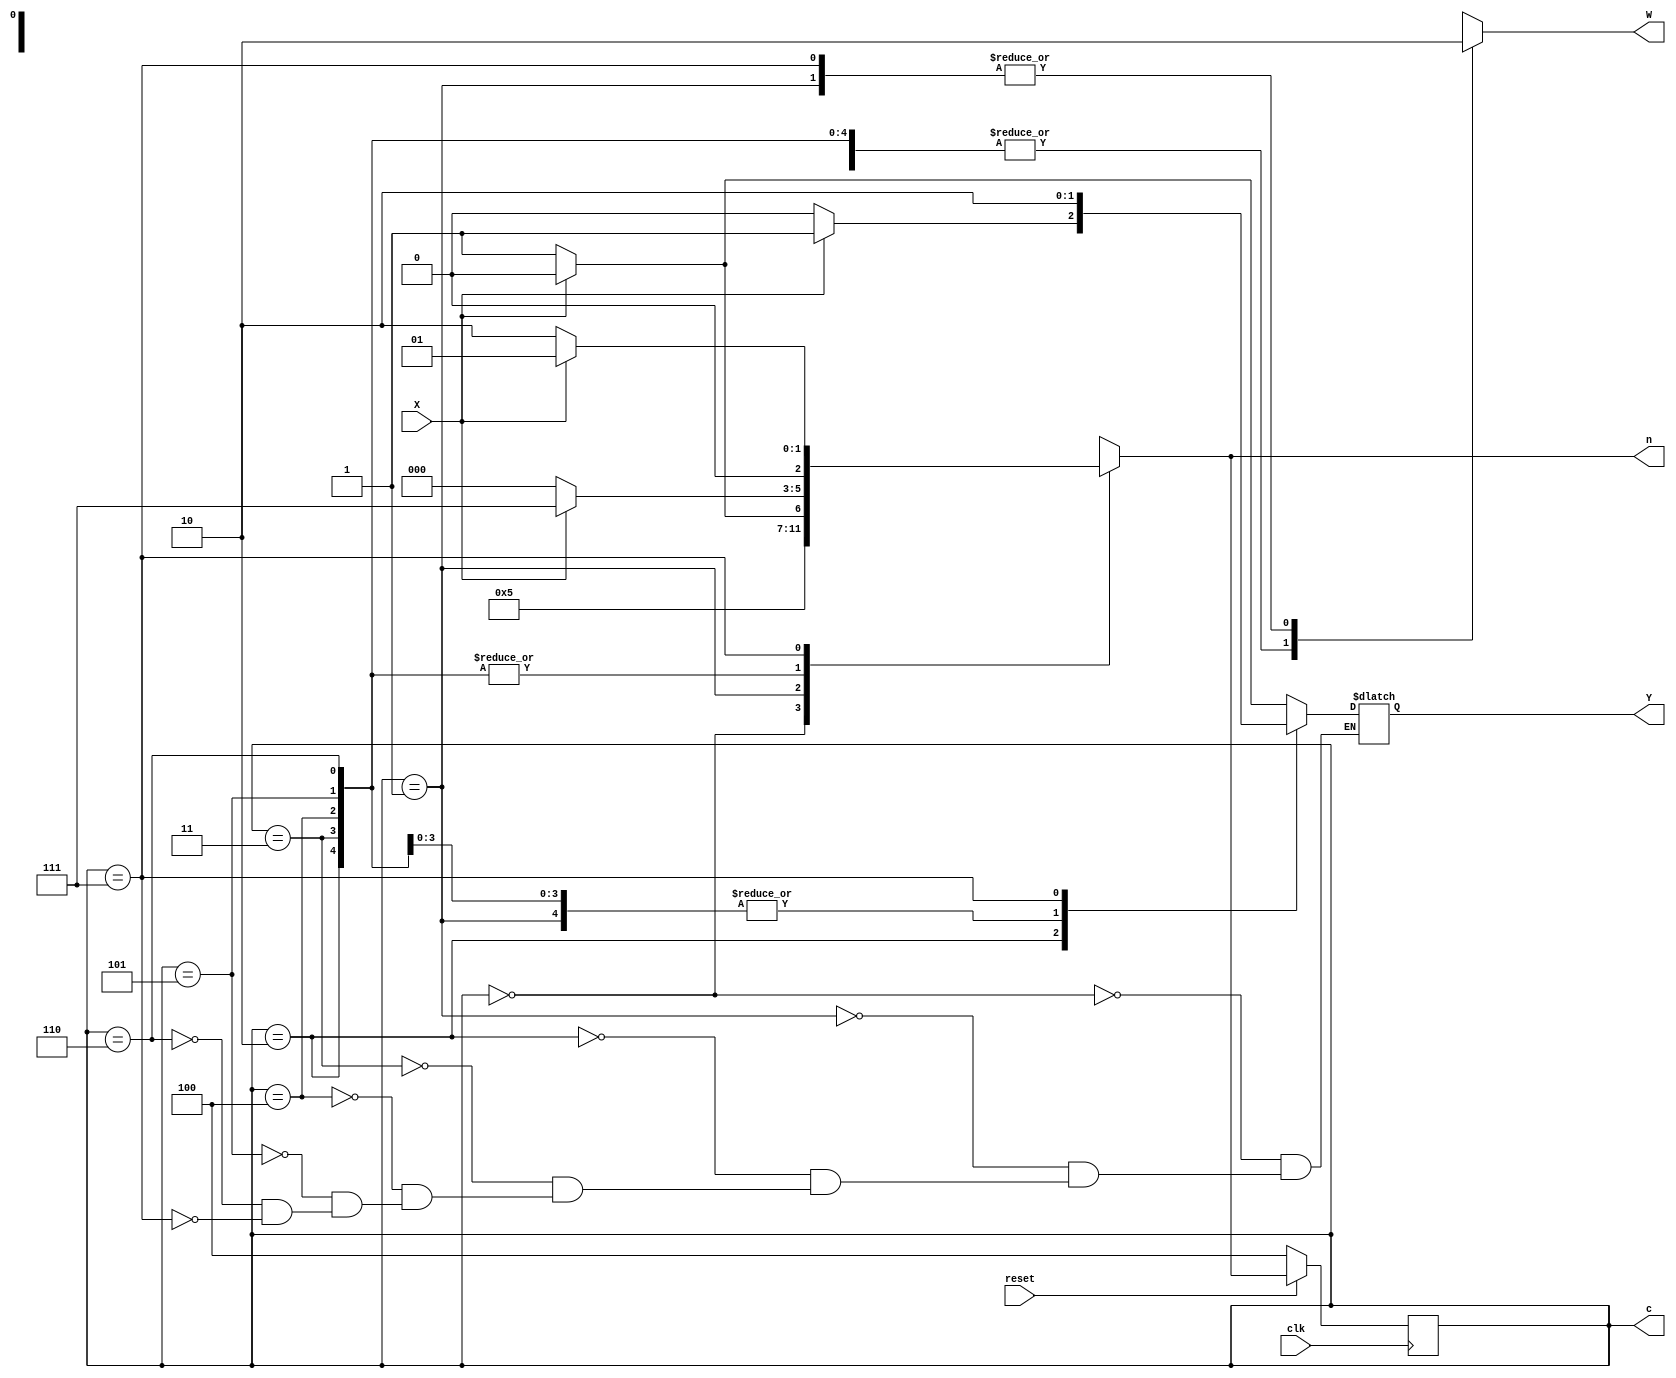
module lab5part2 (X, reset, clk, c, n, Y, W);
	input X,reset,clk;
	output reg [2:0] c;
	output reg [2:0] n;
	output reg Y, W;

	parameter s0 = 3'b000,
				s1 = 3'b001, s2 = 3'b010,
				s3 = 3'b011, s4 = 3'b100,
				s5 = 3'b101, s6 = 3'b110,
				s7 = 3'b111;
	
	always@(c or X)
		begin 
			case(c)
				s0 : begin
				W<=1;

				if(X==1) begin 
					n<=s1;
					Y <= 0;
				end
				else if (X==0)begin 
					n<=s1;
					Y <= 1;
				end
				else n <= s4;
			end
	
			s1 : begin
			W<=0;
			
				if(X==1) begin 
					n<=s2;
					Y <= 1;
				end
				else if (X==0)begin 
					n<=s3;
					Y <= 1;
				end
				else n <=s4;
				
			end
			
			s2 : begin
			W<=1;
			
				if(X==1) begin 
					n<=s7;
					Y <= 1;
				end
				else if (X==0) begin 
					n<=s0;
					Y <= 0;
				end
				else n <=s4;
			
			end
			
			s3 : begin
			W<=1;
			
				if(X==1) begin 
					n<=s7;
					Y <= 1;
				end
				else if (X==0) begin 
					n<=s0;
					Y <= 1;
				end
				else n <=s4;
			
			end
			
			s4 : begin
			W <= 1;
				
				if(X==1) begin 
					n<=s7;
					Y <= 1;
				end
				else if (X==0) begin 
					n<=s0;
					Y <= 1;
				end
				else n <= s4;
			
			end
			
			s5 : begin
			W <= 1;
				
				if(X==1) begin 
					n<=s7;
					Y <= 1;
				end
				else if (X==0) begin 
					n<=s0;
					Y <= 1;
				end
				else n <= s4;
			
			end
			
			s6 : begin
			W <= 1;
				
				if(X==1) begin 
					n<=s7;
					Y <= 1;
				end
				else if (X==0) begin 
					n<=s0;
					Y <= 1;
				end
				else n <= s4;
			end
			
			s7 : begin
			W <= 0;
			
				if(X==1) begin 
					n<=s1;
					Y <= 0;
				end
				else if (X==0) begin 
					n<=s2;
					Y <= 0;
				end
				else n <= s4;
			end
			endcase
		end
	
	
	always@(posedge clk)
		begin 
			if(reset) c<=n;
			else c<=s4;
		end
endmodule